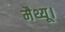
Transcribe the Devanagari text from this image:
मैथ्यू।